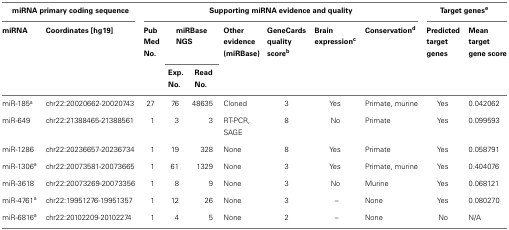
<table><thead><tr><td colspan="2"><b>miRNA primary coding sequence</b></td><td colspan="7"><b>Supporting miRNA evidence and quality</b></td><td colspan="2"><b>Target genes<sup>e</sup></b></td></tr><tr><td><b>miRNA</b></td><td><b>Coordinates [hg19]</b></td><td><b>Pub Med No.</b></td><td colspan="2"><b>miRBase NGS</b></td><td><b>Other evidence (miRBase)</b></td><td><b>GeneCards quality score<sup>b</sup></b></td><td><b>Brain expression<sup>c</sup></b></td><td><b>Conservation<sup>d</sup></b></td><td><b>Predicted target genes</b></td><td><b>Mean target gene score</b></td></tr><tr><td></td><td></td><td></td><td><b>Exp. No.</b></td><td><b>Read No.</b></td><td></td><td></td><td></td><td></td><td></td></tr></thead><tbody><tr><td>miR-185<sup>a</sup></td><td>chr22:20020662-20020743</td><td>27</td><td>76</td><td>48635</td><td>Cloned</td><td>3</td><td>Yes</td><td>Primate, murine</td><td>Yes</td><td>0.042062</td></tr><tr><td>miR-649</td><td>chr22:21388465-21388561</td><td>1</td><td>3</td><td>3</td><td>RT-PCR, SAGE</td><td>8</td><td>No</td><td>Primate</td><td>Yes</td><td>0.099593</td></tr><tr><td>miR-1286</td><td>chr22:20236657-20236734</td><td>1</td><td>19</td><td>328</td><td>None</td><td>8</td><td>Yes</td><td>Primate</td><td>Yes</td><td>0.058791</td></tr><tr><td>miR-1306<sup>a</sup></td><td>chr22:20073581-20073665</td><td>1</td><td>61</td><td>1329</td><td>None</td><td>3</td><td>Yes</td><td>Primate, murine</td><td>Yes</td><td>0.404076</td></tr><tr><td>miR-3618</td><td>chr22:20073269-20073356</td><td>1</td><td>8</td><td>9</td><td>None</td><td>3</td><td>No</td><td>Murine</td><td>Yes</td><td>0.068121</td></tr><tr><td>miR-4761<sup>a</sup></td><td>chr22:19951276-19951357</td><td>1</td><td>12</td><td>26</td><td>None</td><td>3</td><td>–</td><td>None</td><td>Yes</td><td>0.080270</td></tr><tr><td>miR-6816<sup>a</sup></td><td>chr22:20102209-20102274</td><td>1</td><td>4</td><td>5</td><td>None</td><td>2</td><td>–</td><td>None</td><td>No</td><td>N/A</td></tr></tbody></table>